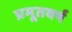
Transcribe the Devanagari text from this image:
प्रभूतवर्ष